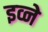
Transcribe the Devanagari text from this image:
इव्ने